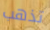
تذهب